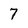
Character: 7